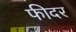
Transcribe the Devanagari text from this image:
फीदर